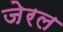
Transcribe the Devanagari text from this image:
जेरल